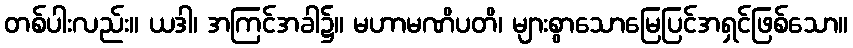
တစ်ပါးလည်း။ ယဒါ၊ အကြင်အခါ၌။ မဟာမဏိပတိ၊ များစွာသောမြေပြင်အရှင်ဖြစ်သော။